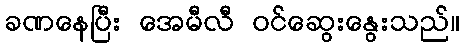
ခဏနေပြီး အေမီလီ ဝင်ဆွေးနွေးသည်။